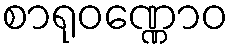
စာရုဝဏ္ဏောဝ